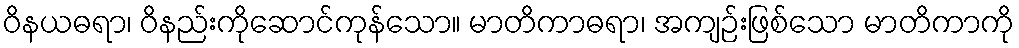
ဝိနယဓရာ၊ ဝိနည်းကိုဆောင်ကုန်သော။ မာတိကာဓရာ၊ အကျဉ်းဖြစ်သော မာတိကာကို